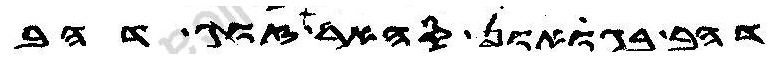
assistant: דהב בגואון סהאר זוג דהב